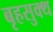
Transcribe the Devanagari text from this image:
बृहसुक्थ